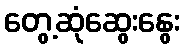
တွေ့ဆုံဆွေးနွေး